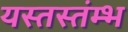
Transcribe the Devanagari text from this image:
यस्तस्तंम्भ